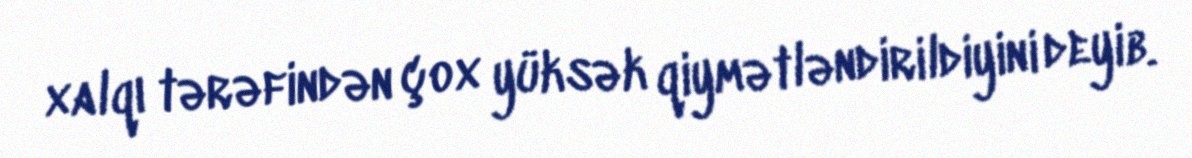
xalqı tərəfindən çox yüksək qiymətləndirildiyini deyib.